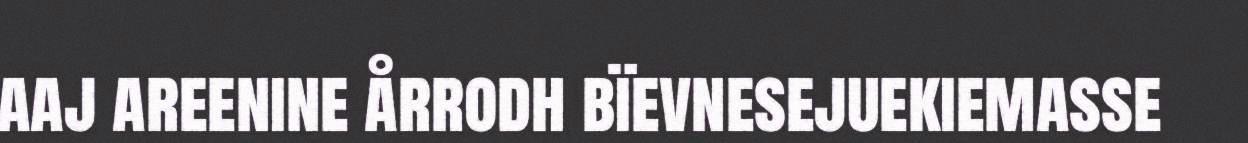
aaj areenine årrodh bïevnesejuekiemasse